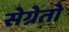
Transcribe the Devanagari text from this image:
सेग्रेतो